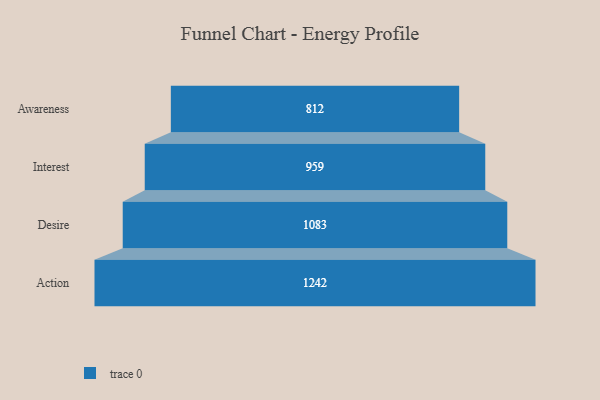
{"axis": {"x": "Stage", "y": "Value"}, "legend": [""], "data": [{"x": "Awareness", "y": 812.0, "type": ""}, {"x": "Interest", "y": 959.0, "type": ""}, {"x": "Desire", "y": 1083.0, "type": ""}, {"x": "Action", "y": 1242.0, "type": ""}]}